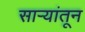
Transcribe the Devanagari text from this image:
सार्‍यांतून